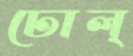
ঢোল্‌